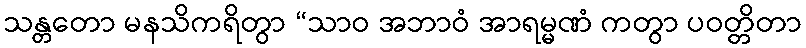
သန္တတော မနသိကရိတွာ “သာဝ အဘာဝံ အာရမ္မဏံ ကတွာ ပဝတ္တိတာ